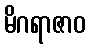
မိဂရာဇာဝ